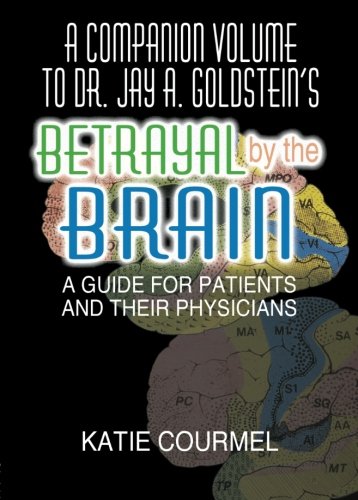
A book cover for A Companion Volume to Dr. Jay A. Goldstein's Betrayal by the Brain: A Guide for Patients and Their Physicians; Katie Courmel; Health, Fitness & Dieting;